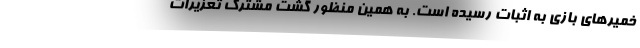
خمیر‌های بازی به اثبات رسیده است. به همین منظور گشت مشترک تعزیرات